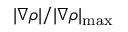
| \nabla \rho | / | \nabla \rho | _ { \mathrm { { m a x } } }